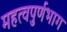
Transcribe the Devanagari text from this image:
महत्वपुर्णभाग